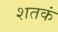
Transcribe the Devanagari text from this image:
शतकं